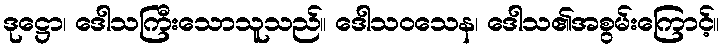
ဒုဋ္ဌော၊ ဒေါသကြီးသောသူသည်။ ဒေါသဝသေန၊ ဒေါသ၏အစွမ်းကြောင့်။